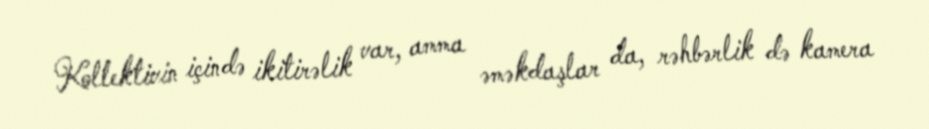
Kollektivin içində ikitirəlik var, amma əməkdaşlar da, rəhbərlik də kamera